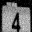
Digit: 4